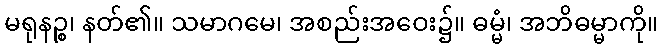
မရုနဉ္စ၊ နတ်၏။ သမာဂမေ၊ အစည်းအဝေး၌။ ဓမ္မံ၊ အဘိဓမ္မာကို။